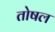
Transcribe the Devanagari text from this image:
तोषल